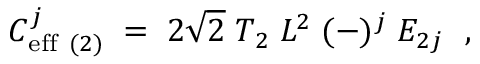
C _ { \mathrm { e f f } \ ( 2 ) } ^ { j } \; = \; 2 \sqrt { 2 } \; T _ { { \O } 2 } \; L ^ { 2 } \; ( - ) ^ { j } \; E _ { 2 j } \; \ ,